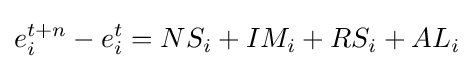
e_{i}^{t+n}-e_{i}^{t}=NS_{i}+IM_{i}+RS_{i}+AL_{i}